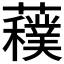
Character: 𱾾